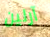
آرلين